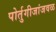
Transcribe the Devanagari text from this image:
पोर्तुगीजांजवळ